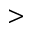
>